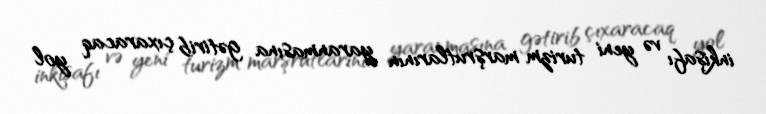
inkişafı və yeni turizm marşrutlarının yaranmasına gətirib çıxaracaq yol